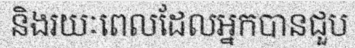
និងរយៈពេលដែលអ្នកបានជួប